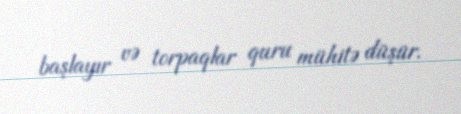
başlayır və torpaqlar quru mühitə düşür.